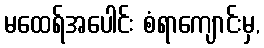
မထေရ်အပေါင်း စံရာကျောင်းမှ,